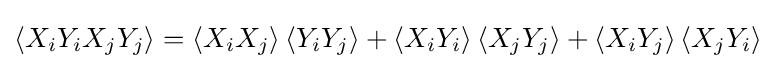
\left\langle X_{i}Y_{i}X_{j}Y_{j}\right\rangle =\left\langle X_{i}X_{j}\right\rangle \left\langle Y_{i}Y_{j}\right\rangle +\left\langle X_{i}Y_{i}\right\rangle \left\langle X_{j}Y_{j}\right\rangle +\left\langle X_{i}Y_{j}\right\rangle \left\langle X_{j}Y_{i}\right\rangle